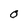
Character: O